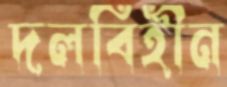
দলবিহীন